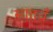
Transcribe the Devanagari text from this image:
सातवँ